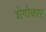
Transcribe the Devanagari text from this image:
शेगोकार